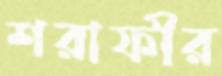
শরাফীর